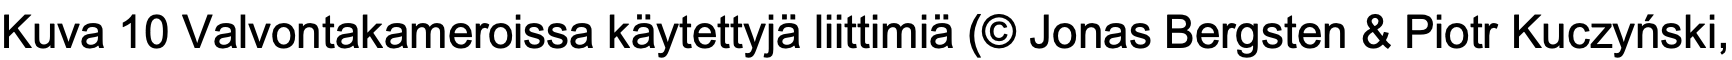
Kuva 10 Valvontakameroissa käytettyjä liittimiä (© Jonas Bergsten & Piotr Kuczyński,